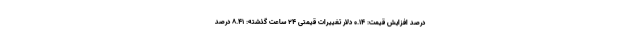
درصد افزایش قیمت: ۰.۱۴ دلار تغییرات قیمتی ۲۴ ساعت گذشته: ۸.۴۱ درصد